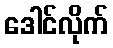
ဒေါင်လိုက်